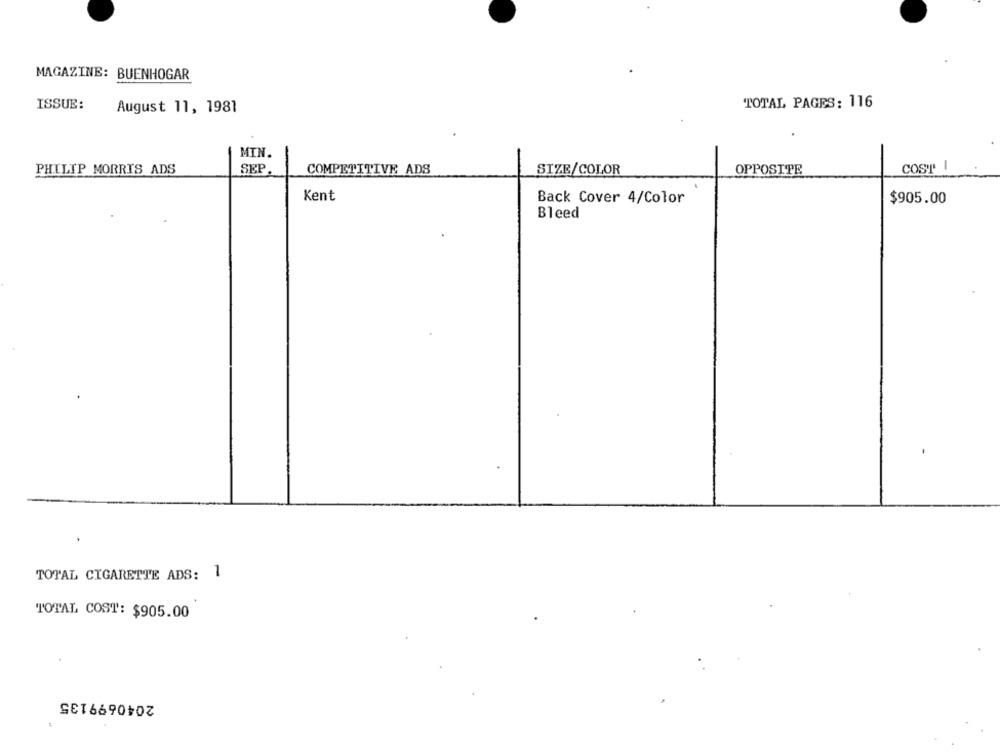
MAGAZINE: BUENHOGAR
ISSUE:
TOTAL PAGES: 116
August 11, 1981
MIN.
PHILIP MORRIS ADS
SEP
COMPETITIVE ADS
SIZE/COLOR
OPPOSITE
COST I
Kent
Back Cover 4/Color
$905.00
Bleed
TOTAL CIGARETTE ADS: 1
TOTAL COST: $905.00
2040699135